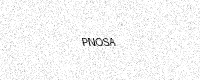
Text: PNOSA